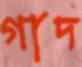
গাদ